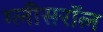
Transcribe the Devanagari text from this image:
ग्लीसरॉल